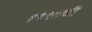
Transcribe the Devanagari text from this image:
१९९०ची